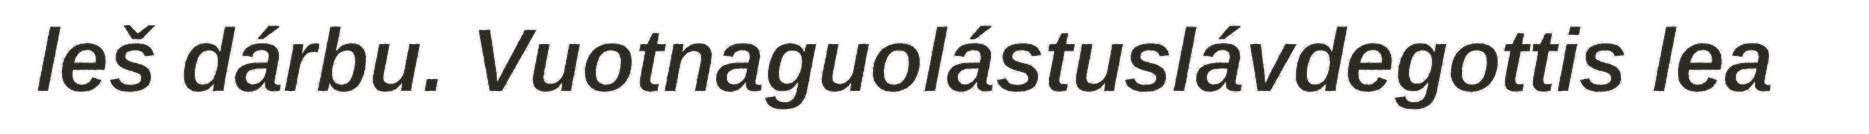
leš dárbu. Vuotnaguolástuslávdegottis lea